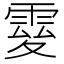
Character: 𩃃